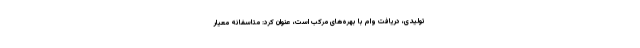
تولیدی، دریافت وام با بهره‌های مرکب است، عنوان کرد: متاسفانه معیار